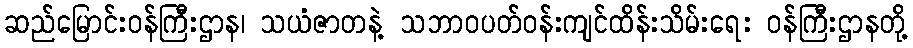
ဆည်မြောင်းဝန်ကြီးဌာန၊ သယံဇာတနဲ့ သဘာဝပတ်ဝန်းကျင်ထိန်းသိမ်းရေး ဝန်ကြီးဌာနတို့